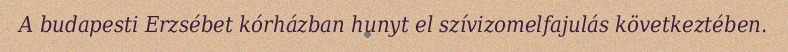
A budapesti Erzsébet kórházban hunyt el szívizomelfajulás következtében.